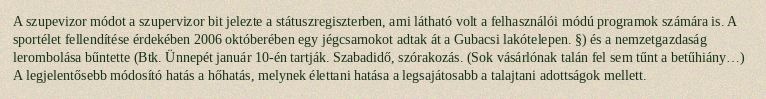
A szupevizor módot a szupervizor bit jelezte a státuszregiszterben, ami látható volt a felhasználói módú programok számára is. A sportélet fellendítése érdekében 2006 októberében egy jégcsarnokot adtak át a Gubacsi lakótelepen. §) és a nemzetgazdaság lerombolása bűntette (Btk. Ünnepét január 10-én tartják. Szabadidő, szórakozás. (Sok vásárlónak talán fel sem tűnt a betűhiány…) A legjelentősebb módosító hatás a hőhatás, melynek élettani hatása a legsajátosabb a talajtani adottságok mellett.